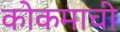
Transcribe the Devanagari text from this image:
कोकमाची